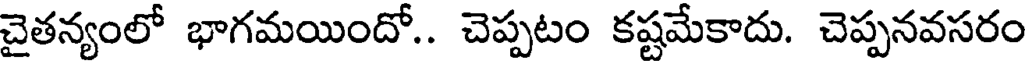
చైతన్యంలో భాగమయిందో.. చెప్పటం కష్టమేకాదు. చెప్పనవసరం